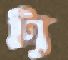
ট্য